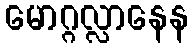
မောဂ္ဂလ္လာနေန